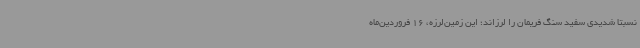
نسبتا شدیدی سفید سنگ فریمان را لرزاند؛ این زمین‌لرزه، 16 فروردین‌ماه